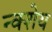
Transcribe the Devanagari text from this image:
न्क्शेय